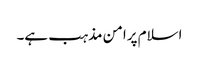
اسلام پرامن مذہب ہے۔